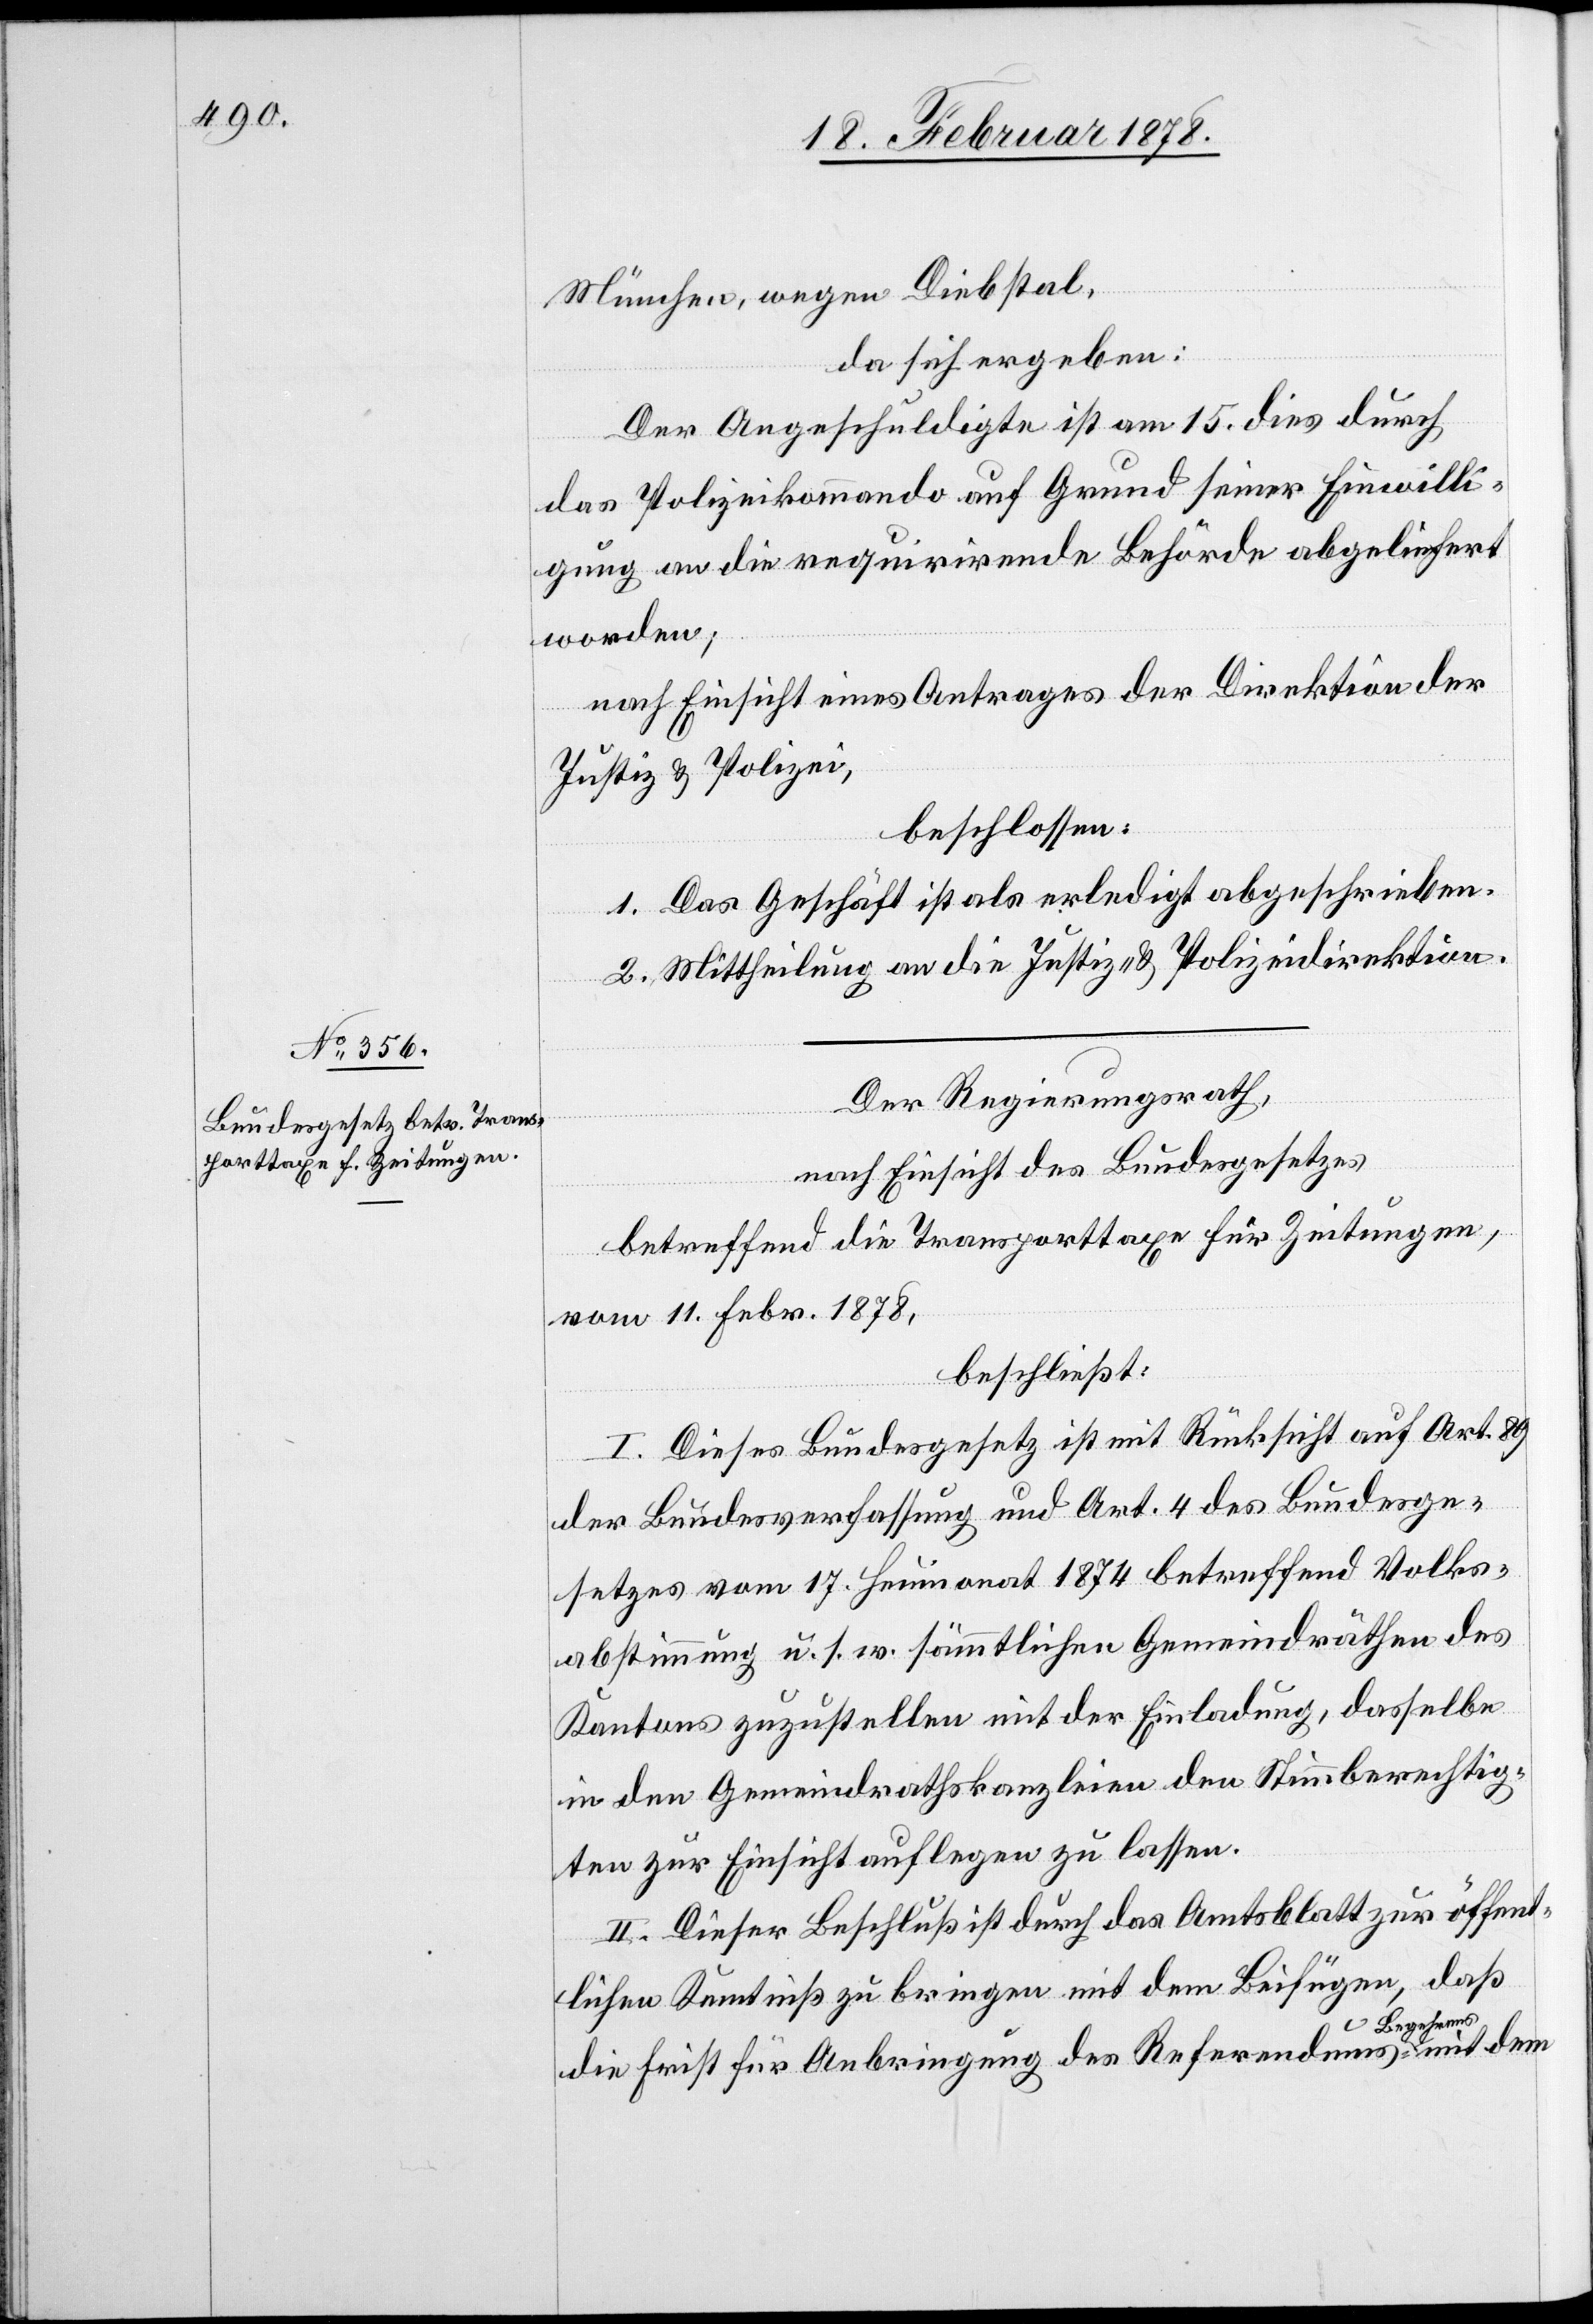
20. Februar 1878.]
München, wegen Diebstal,
da sich ergeben:
Der Angeschuldigte ist am 15. dies durch
das Polizeikommando auf Grund seiner Einwilli¬
gung an die requirirende Behörde abgeliefert
worden,
nach Einsicht eines Antrages der Direktion der
Justiz & Polizei,
beschlossen:
1. Das Geschäft ist als erledigt abgeschrieben.
2. Mittheilung an die Justiz- & Polizeidirektion.
Der Regierungsrath,
nach Einsicht des Bundesgesetzes
betreffend die Transporttaxe für Zeitungen,
vom 11. Febr. 1878,
beschließt:
I. Dieses Bundesgesetz ist mit Rücksicht auf Art. 89
der Bundesverfassung und Art. 4 des Bundesge¬
setzes vom 17. Heumonat 1874 betreffend Volks¬
abstimmung u. s. w. sämmtlichen Gemeindräthen des
Kantons zuzustellen mit der Einladung, dasselbe
in den Gemeindrathskanzleien den Stimmberechtig¬
ten zur Einsicht auflegen zu lassen.
II. Dieser Beschluß ist durch das Amtsblatt zur öffent¬
lichen Kenntniß zu bringen mit dem Beifügen, daß
die Frist für Anbringung des Referendums-Begehrens mit dem